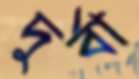
দুর্বা